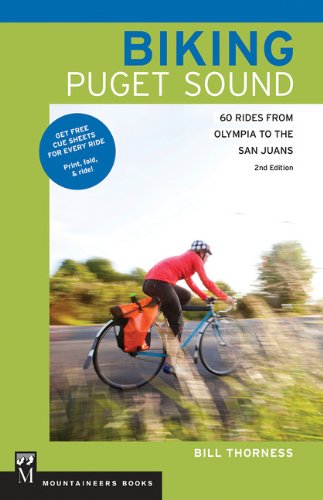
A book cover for Biking Puget Sound: 60 Rides from Olympia to the San Juans; Bill Thorness; Travel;